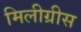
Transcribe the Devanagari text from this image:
मिलीग्रीस